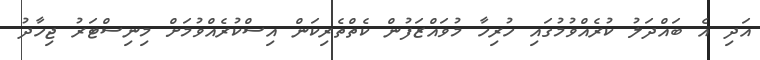
އަދި އެ ބައްދަލު ކުރެއްވުމުގައި ހުރިހާ މުވައްޒަފުން ކެތްތެރިކަން އިސްކުރެއްވުމަށް މިނިސްޓަރު ޖިހާދު